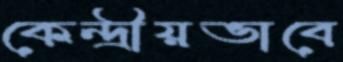
কেন্দ্রীয়ভাবে